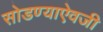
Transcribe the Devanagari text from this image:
सोडण्याऐवजी